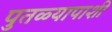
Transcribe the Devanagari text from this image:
पुतळ्यापाशी